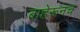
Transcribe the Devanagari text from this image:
बाहेरूनच